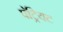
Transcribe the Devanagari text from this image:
पॅट्रियट